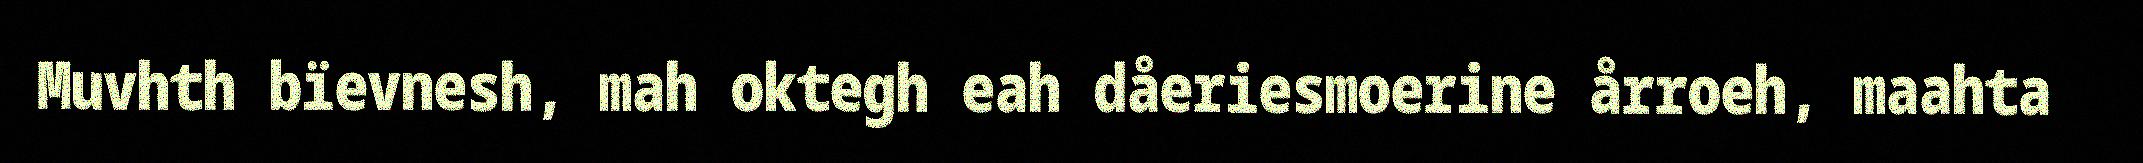
Muvhth bïevnesh, mah oktegh eah dåeriesmoerine årroeh, maahta